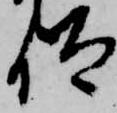
仰